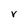
Character: v